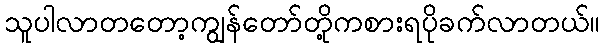
သူပါလာတတော့ကျွန်တော်တို့ကစားရပိုခက်လာတယ်။